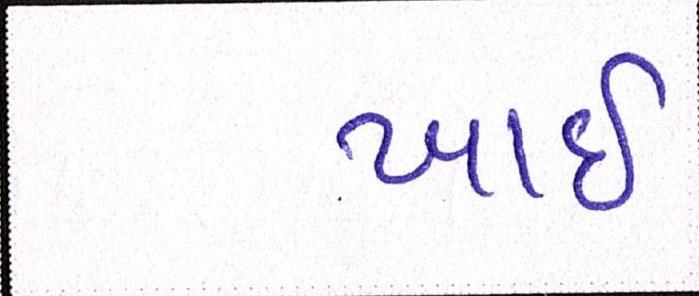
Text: ખાઈ